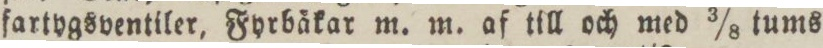
fartygsventiler, Fyrbåkar m. m. af till och med 3/8 tums